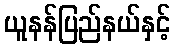
ယူနန်ပြည်နယ်နှင့်